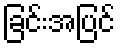
ခြင်းအပြင်